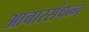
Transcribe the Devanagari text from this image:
आचारसंपन्‍न